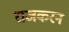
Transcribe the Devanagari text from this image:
राजकरन